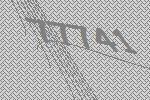
77741